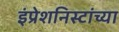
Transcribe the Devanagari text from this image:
इंप्रेशनिस्टांच्या